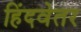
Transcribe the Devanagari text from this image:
हिंदवेतर